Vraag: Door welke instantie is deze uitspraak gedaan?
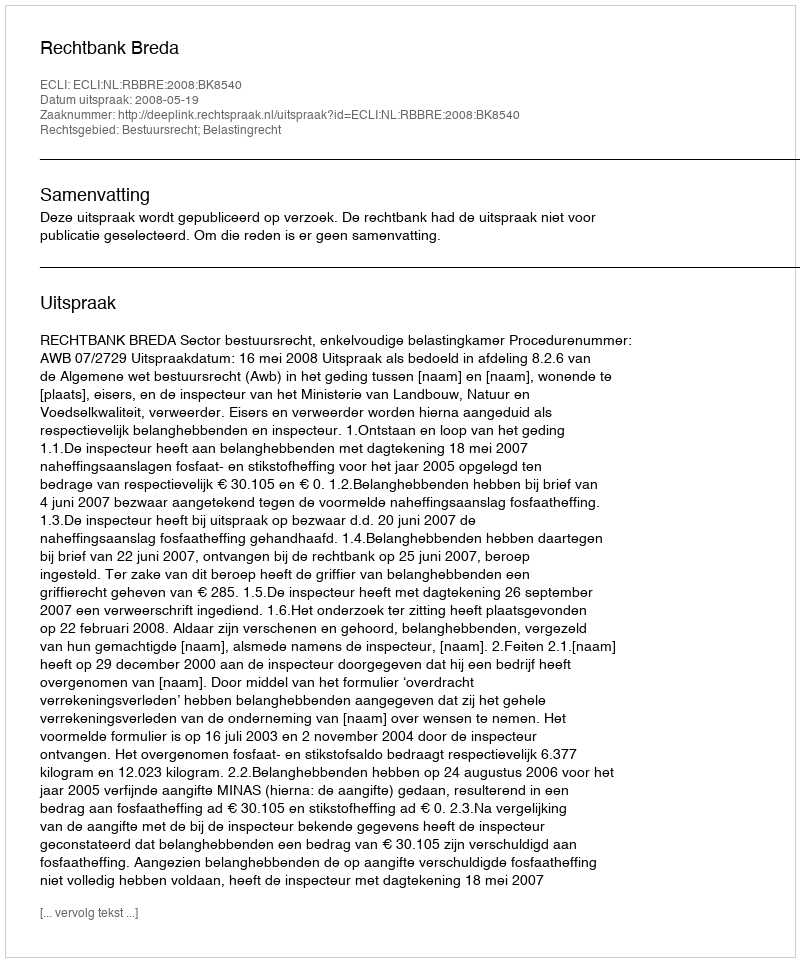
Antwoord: Rechtbank Breda